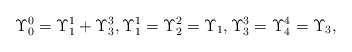
\begin{align*}\Upsilon _0^0=\Upsilon _1^1+\Upsilon _3^3,\Upsilon _1^1=\Upsilon_2^2=\Upsilon _1,\Upsilon _3^3=\Upsilon _4^4=\Upsilon _3, \end{align*}